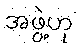
အဖွဲ့ဟု